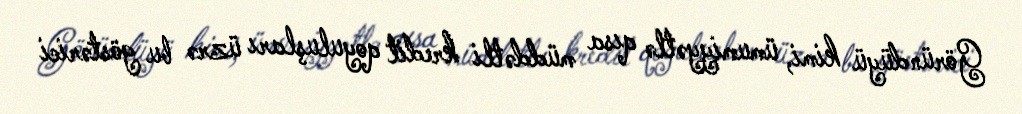
Göründüyü kimi, ümumiyyətlə qısa müddətli kredit qoyuluşları üzrə bu göstərici